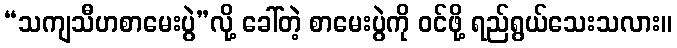
“သကျသီဟစာမေးပွဲ”လို့ ခေါ်တဲ့ စာမေးပွဲကို ဝင်ဖို့ ရည်ရွယ်သေးသလား။